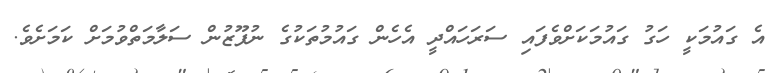
އެ ގައުމަކީ ހަގު ގައުމަކަށްވެފައި ސަރަހައްދީ އެހެން ގައުމުތަކުގެ ނުފޫޒުން ސަލާމަތްވުމަށް ކަމަށެވެ.